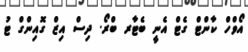
އޯވްހް ކާންޓް ގެޓް އެނީ ބެޓާރ ބްރޯ. ދިސް އިޒް ގޮއިންގް ޓު